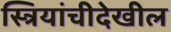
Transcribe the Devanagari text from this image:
स्त्रियांचीदेखील